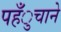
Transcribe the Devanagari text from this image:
पहँुचाने